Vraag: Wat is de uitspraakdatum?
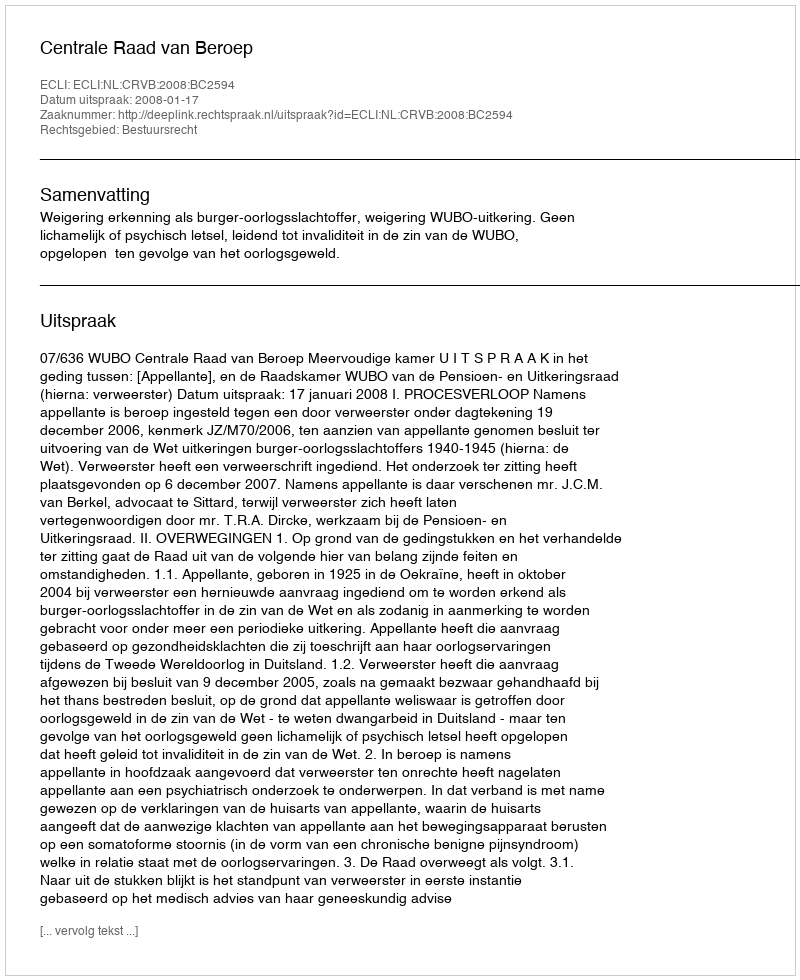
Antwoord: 2008-01-17